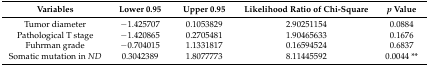
<table><thead><tr><td><b>Variables</b></td><td><b>Lower 0.95</b></td><td><b>Upper 0.95</b></td><td><b>Likelihood Ratio of Chi-Square</b></td><td><b><i>p</i> Value</b></td></tr></thead><tbody><tr><td>Tumor diameter</td><td>−1.425707</td><td>0.1053829</td><td>2.90251154</td><td>0.0884</td></tr><tr><td>Pathological T stage</td><td>−1.420865</td><td>0.2705481</td><td>1.90465633</td><td>0.1676</td></tr><tr><td>Fuhrman grade</td><td>−0.704015</td><td>1.1331817</td><td>0.16594524</td><td>0.6837</td></tr><tr><td>Somatic mutation in <i>ND</i></td><td>0.3042389</td><td>1.8077773</td><td>8.11445592</td><td>0.0044 **</td></tr></tbody></table>